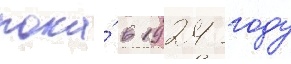
пока́ в 1924 году